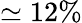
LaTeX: \simeq 12\%